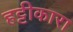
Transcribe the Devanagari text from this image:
हट्टीकारा